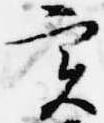
実